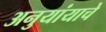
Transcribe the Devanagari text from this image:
अनुयांयाचे